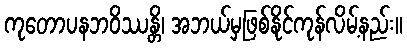
ကုတောပနဘဝိဿန္တိ၊ အဘယ်မှဖြစ်နိုင်ကုန်လိမ့်နည်း။